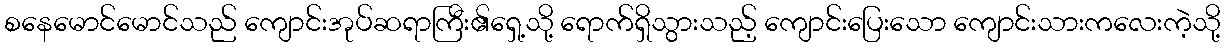
စနေမောင်မောင်သည် ကျောင်းအုပ်ဆရာကြီး၏ရှေ့သို့ ရောက်ရှိသွားသည့် ကျောင်းပြေးသော ကျောင်းသားကလေးကဲ့သို့